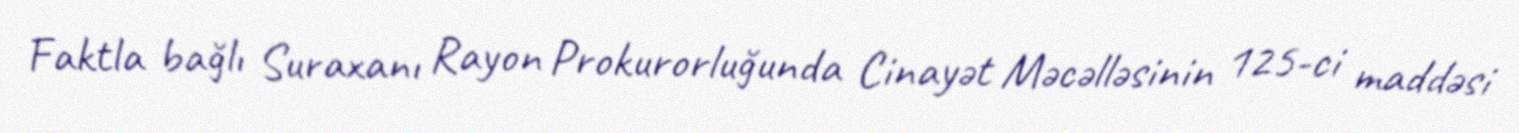
Faktla bağlı Suraxanı Rayon Prokurorluğunda Cinayət Məcəlləsinin 125-ci maddəsi